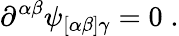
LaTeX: \partial^{\alpha\beta}\psi_{[\alpha\beta]\gamma}=0\; .